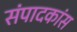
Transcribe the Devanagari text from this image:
संपादकांस